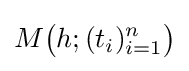
M{\big (}h;(t_{i})_{i=1}^{n}{\big )}